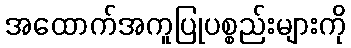
အထောက်အကူပြုပစ္စည်းများကို